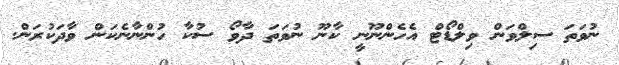
ނުވަތަ ސިލްވަން ވިލްޑޯޓް އެހެންނޫނީ ކާނޫ ނުވަތަ ދާވޯ ސުކާ ހުންނާނެކަން ވާދަކުރަން.